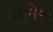
રોમિયો